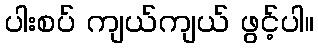
ပါးစပ် ကျယ်ကျယ် ဖွင့်ပါ။